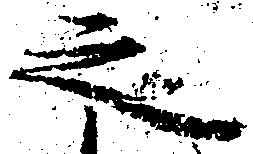
之